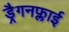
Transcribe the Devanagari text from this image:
ड्रैगनफ्लाई